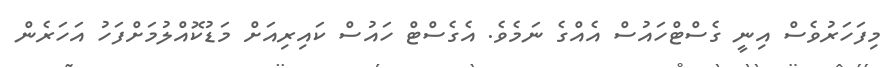
މިފަހަރުވެސް އިނީ ގެސްޓްހައުސް އެއްގެ ނަމެވެ. އެގެސްޓް ހައުސް ކައިރިއަށް މަޑުކޮއްލުމަށްފަހު އަހަރެން